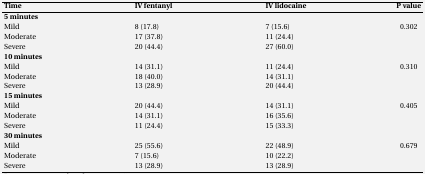
<table><thead><tr><td><b>Time </b></td><td><b>IV fentanyl</b></td><td><b>IV lidocaine</b></td><td><b>P value</b></td></tr></thead><tbody><tr><td><b>5 minutes</b></td><td></td><td></td><td></td></tr><tr><td>Mild </td><td>8 (17.8)</td><td>7 (15.6)</td><td rowspan="3">0.302</td></tr><tr><td>Moderate </td><td>17 (37.8)</td><td>11 (24.4)</td></tr><tr><td>Severe </td><td>20 (44.4)</td><td>27 (60.0)</td></tr><tr><td><b>10 minutes</b></td><td></td><td></td><td></td></tr><tr><td>Mild </td><td>14 (31.1)</td><td>11 (24.4)</td><td rowspan="3">0.310</td></tr><tr><td>Moderate </td><td>18 (40.0)</td><td>14 (31.1)</td></tr><tr><td>Severe </td><td>13 (28.9)</td><td>20 (44.4)</td></tr><tr><td><b>15 minutes</b></td><td></td><td></td><td></td></tr><tr><td>Mild </td><td>20 (44.4)</td><td>14 (31.1)</td><td rowspan="3">0.405</td></tr><tr><td>Moderate </td><td>14 (31.1)</td><td>16 (35.6)</td></tr><tr><td>Severe </td><td>11 (24.4)</td><td>15 (33.3)</td></tr><tr><td><b>30 minutes</b></td><td></td><td></td><td></td></tr><tr><td>Mild </td><td>25 (55.6)</td><td>22 (48.9)</td><td rowspan="3">0.679</td></tr><tr><td>Moderate </td><td>7 (15.6)</td><td>10 (22.2)</td></tr><tr><td>Severe </td><td>13 (28.9)</td><td>13 (28.9)</td></tr></tbody></table>